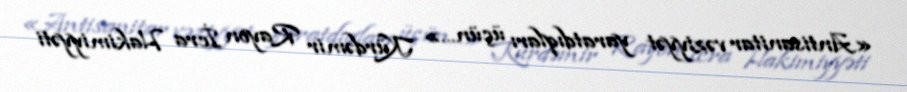
«Antisanitar vəziyyət yaratdıqları üçün...» Kürdəmir Rayon İcra Hakimiyyəti